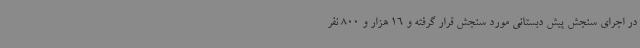
در اجرای سنجش پیش دبستانی مورد سنجش قرار گرفته و 16 هزار و 800 نفر